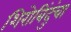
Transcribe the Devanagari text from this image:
शिरोबिंदुंचा